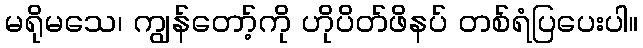
မရိုမသေ၊ ကျွန်တော့်ကို ဟိုပိတ်ဖိနပ် တစ်ရံပြပေးပါ။